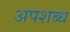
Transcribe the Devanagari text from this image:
अपशब्ध